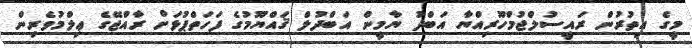
މީގެ އިތުރުން ރައީސުލްޖުމްހޫރިއްޔާ އަބްދު ޔާމީން އަބްދުލް ޤައްޔޫމުގެ ފަހަތްޕުޅަށް ރާއްޖޭގެ ޢިލްމުވެރިން